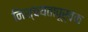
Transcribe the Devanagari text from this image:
निश्चयतापूर्वक